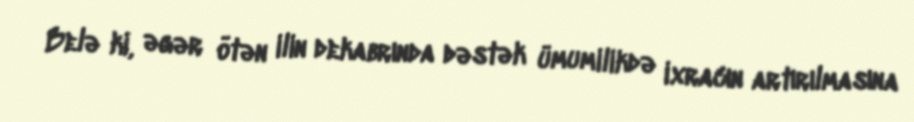
Belə ki, əgər ötən ilin dekabrında dəstək ümumilikdə ixracın artırılmasına